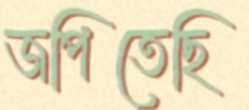
জপিতেছি